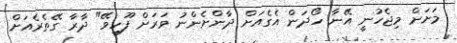
މަށަށް މިޖެހުނީ އޭނާ ހޯދަން އެގެއަށް ދާންށެންނު ވަރަށް ފޫހިވޭ" ދާރާ ގޭތެރެއަށް